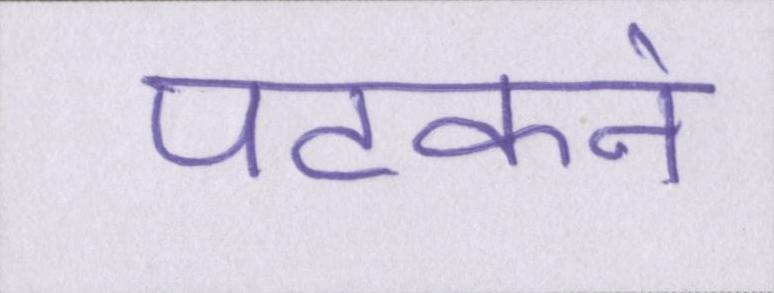
पटकने